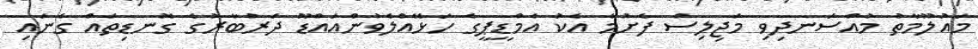
މައުލޫމާތު މުއްސަނދިވި މަޖިލިސް ފެށުމާ އެކު އެމްޑީޕީގެ ހަޅޭއްލެވުންއައްޑޫ ދަރުބާރުގެ ގޮނޑިތައް ގެނައި